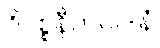
ဝိပစ္စနီကဝါဒါနံ